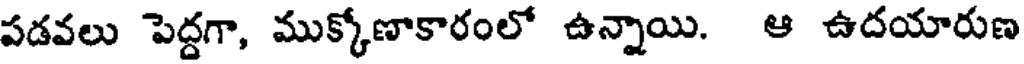
పడవలు పెద్దగా, ముక్కోణాకారంలో ఉన్నాయి. ఆ ఉదయారుణ